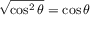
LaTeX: { \sqrt { \cos ^ { 2 } \theta } } = \cos \theta